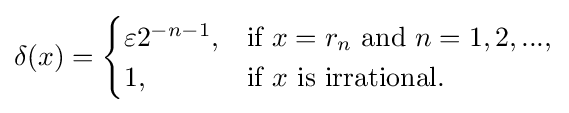
\delta (x)={\begin{cases}\varepsilon 2^{-n-1},&{\text{if }}x=r_{n}{\text{ and }}n=1,2,...,\\1,&{\text{if }}x{\text{ is irrational.}}\end{cases}}